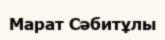
Марат Сәбитұлы